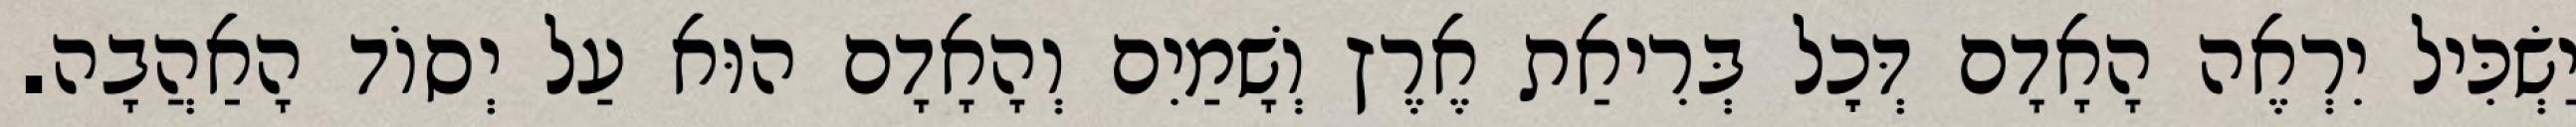
יַשְׂכִּיל יִרְאֶה הָאָדָם דְּכׇל בְּרִיאַת אֶרֶץ וְשָׁמַיִם וְהָאָדָם הוּא עַל יְסוֹד הָאַהֲבָה.